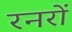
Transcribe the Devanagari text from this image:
रनरों